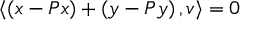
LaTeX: \langle \left( x - P x \right) + \left( y - P y \right) , v \rangle = 0